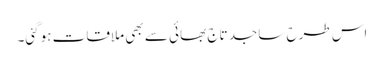
اس طرح ساجد تاج بھائی سے بھی ملاقات ہوگئی۔